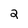
Character: 2